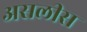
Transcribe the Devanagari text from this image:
असलीस